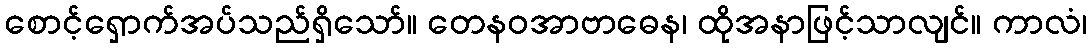
စောင့်ရှောက်အပ်သည်ရှိသော်။ တေနဝအာဗာဓေန၊ ထိုအနာဖြင့်သာလျင်။ ကာလံ၊